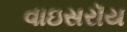
વાઇસરૉય